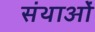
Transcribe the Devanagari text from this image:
संथाओं